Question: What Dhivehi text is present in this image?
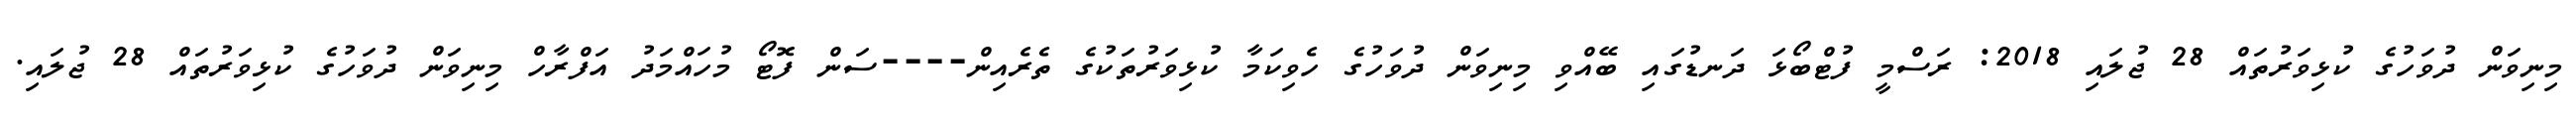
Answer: މިނިވަން ދުވަހުގެ ކުޅިވަރުތައް 28 ޖުލައި 2018: ރަސްމީ ފުޓްބޯޅަ ދަނޑުގައި ބޭއްވި މިނިވަން ދުވަހުގެ ހެވިކަމާ ކުޅިވަރުތަކުގެ ތެރެއިން----ސަން ފޮޓޯ މުހައްމަދު އަފްރާހް މިނިވަން ދުވަހުގެ ކުޅިވަރުތައް 28 ޖުލައި.